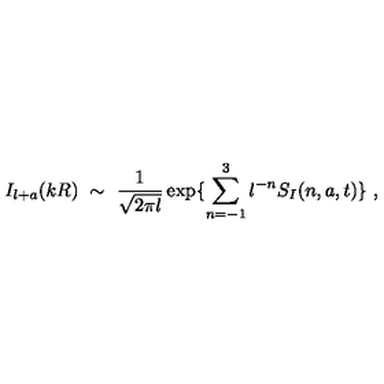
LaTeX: I _ { l + a } ( k R ) \ \sim \ \frac { 1 } { \sqrt { 2 \pi l } } \exp \{ \sum _ { n = - 1 } ^ { 3 } l ^ { - n } S _ { I } ( n , a , t ) \} \ ,